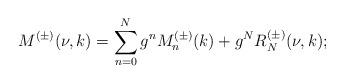
LaTeX: \begin{align*}M^{(\pm)}(\nu,k)=\sum_{n=0}^{N}g^nM_n^{(\pm)}(k)+g^NR_N^{(\pm)}(\nu,k);\end{align*}